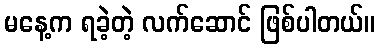
မနေ့က ရခဲ့တဲ့ လက်ဆောင် ဖြစ်ပါတယ်။